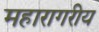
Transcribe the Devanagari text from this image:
महारागरीय